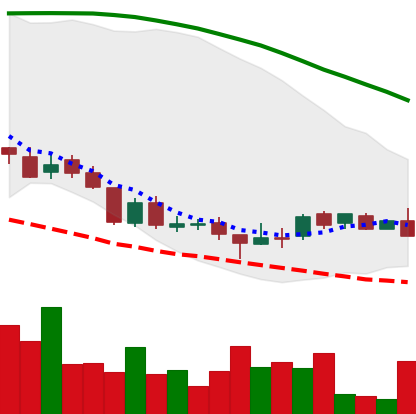
Ticker: DOGE-USD
Chart end date: 2018-08-22
Forward return: 6.35%
Label: up_5_7